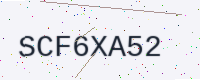
Text: SCF6XA52